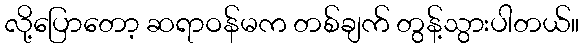
လို့ပြောတော့ ဆရာဝန်မက တစ်ချက် တွန့်သွားပါတယ်။